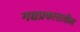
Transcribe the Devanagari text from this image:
गद्यप्रकारातील